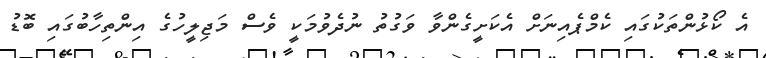
އެ ކޯޅުންތަކުގައި ކެމްޕެއިނަށް އެކަށީގެންވާ ވަގުތު ނުދެވުމަކީ ވެސް މަޖިލީހުގެ އިންތިހާބުގައި ބޮޑު